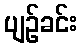
ပျဉ်ခင်း